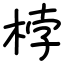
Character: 桲